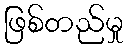
ဖြစ်တည်မှု